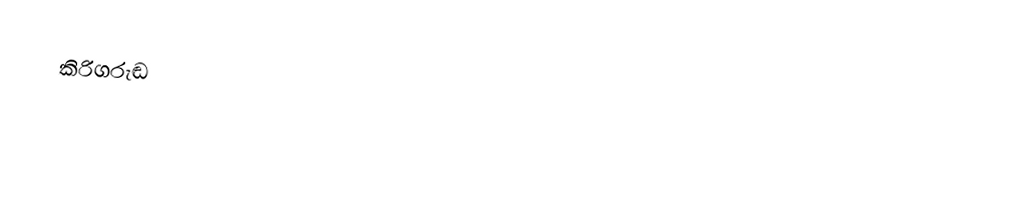
කිරිගරුඬ